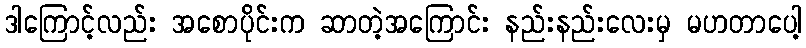
ဒါကြောင့်လည်း အစောပိုင်းက ဆာတဲ့အကြောင်း နည်းနည်းလေးမှ မဟတာပေါ့